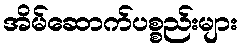
အိမ်ဆောက်ပစ္စည်းများ